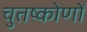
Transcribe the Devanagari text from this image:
चुतष्कोणों